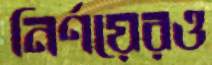
নির্ণয়েরও